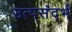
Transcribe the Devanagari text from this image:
उत्पसंदर्भ